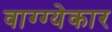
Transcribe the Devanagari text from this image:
वाग्ग्येकार